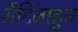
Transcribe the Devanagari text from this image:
भैदिजाहून